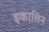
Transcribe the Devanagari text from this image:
इकालिन